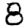
Digit: 8